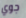
جوي